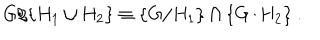
G / \{ H _ { 1 } \cup H _ { 2 } \} \equiv \{ G / H _ { 1 } \} \cap \{ G / H _ { 2 } \} ~ . ~ \,